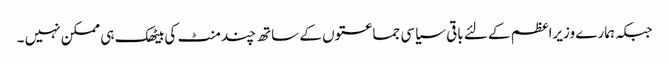
جبکہ ہمارے وزیراعظم کے لئے باقی سیاسی جماعتوں کے ساتھ چند منٹ کی بیٹھک ہی ممکن نہیں ۔